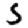
Digit: 5